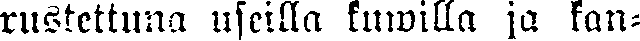
rustettuna useilla kuwilla ja kan-